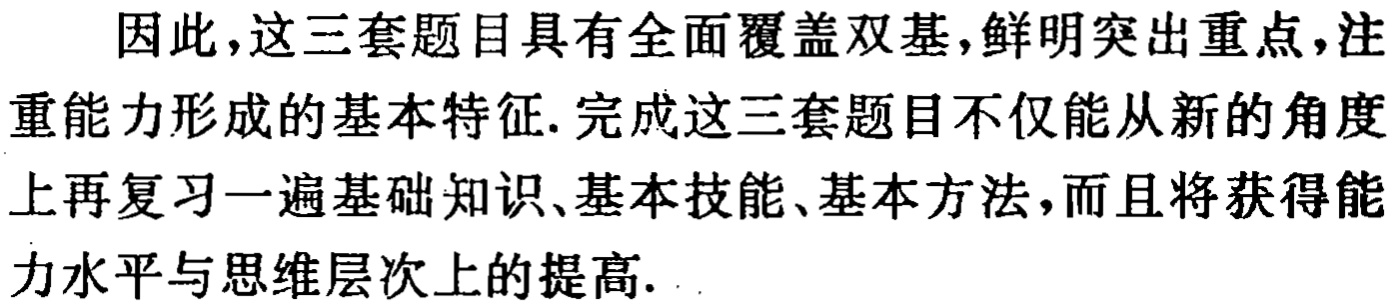
因此，这三套题目具有全面覆盖双基,鲜明突出重点,注重能力形成的基本特征. 完成这三套题目不仅能从新的角度上再复习一遍基础知识、基本技能、基本方法,而且将获得能力水平与思维层次上的提高.